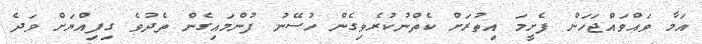
އަމާ ވައްވައްޖަހަން ފެށީމަ އިތުރަށް ކެތްނުކުރެވިގެން ހުސޭނު ފުންމައިގެން ތެދުވެ ގިފިއްޔަށް ވަދެ